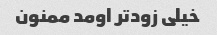
خیلی زودتر اومد ممنون